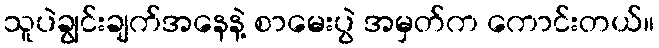
သူပဲချွင်းချက်အနေနဲ့ စာမေးပွဲ အမှတ်က ကောင်းတယ်။